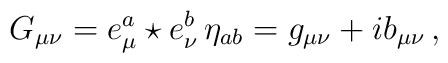
G_{\mu\nu} = e^a_{\mu} \star e^b_{\nu}\, \eta_{ab} =             g_{\mu\nu} + ib_{\mu\nu}\,,